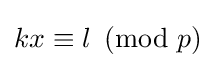
kx\equiv l\!\!\!{\pmod {p}}